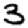
Digit: 3